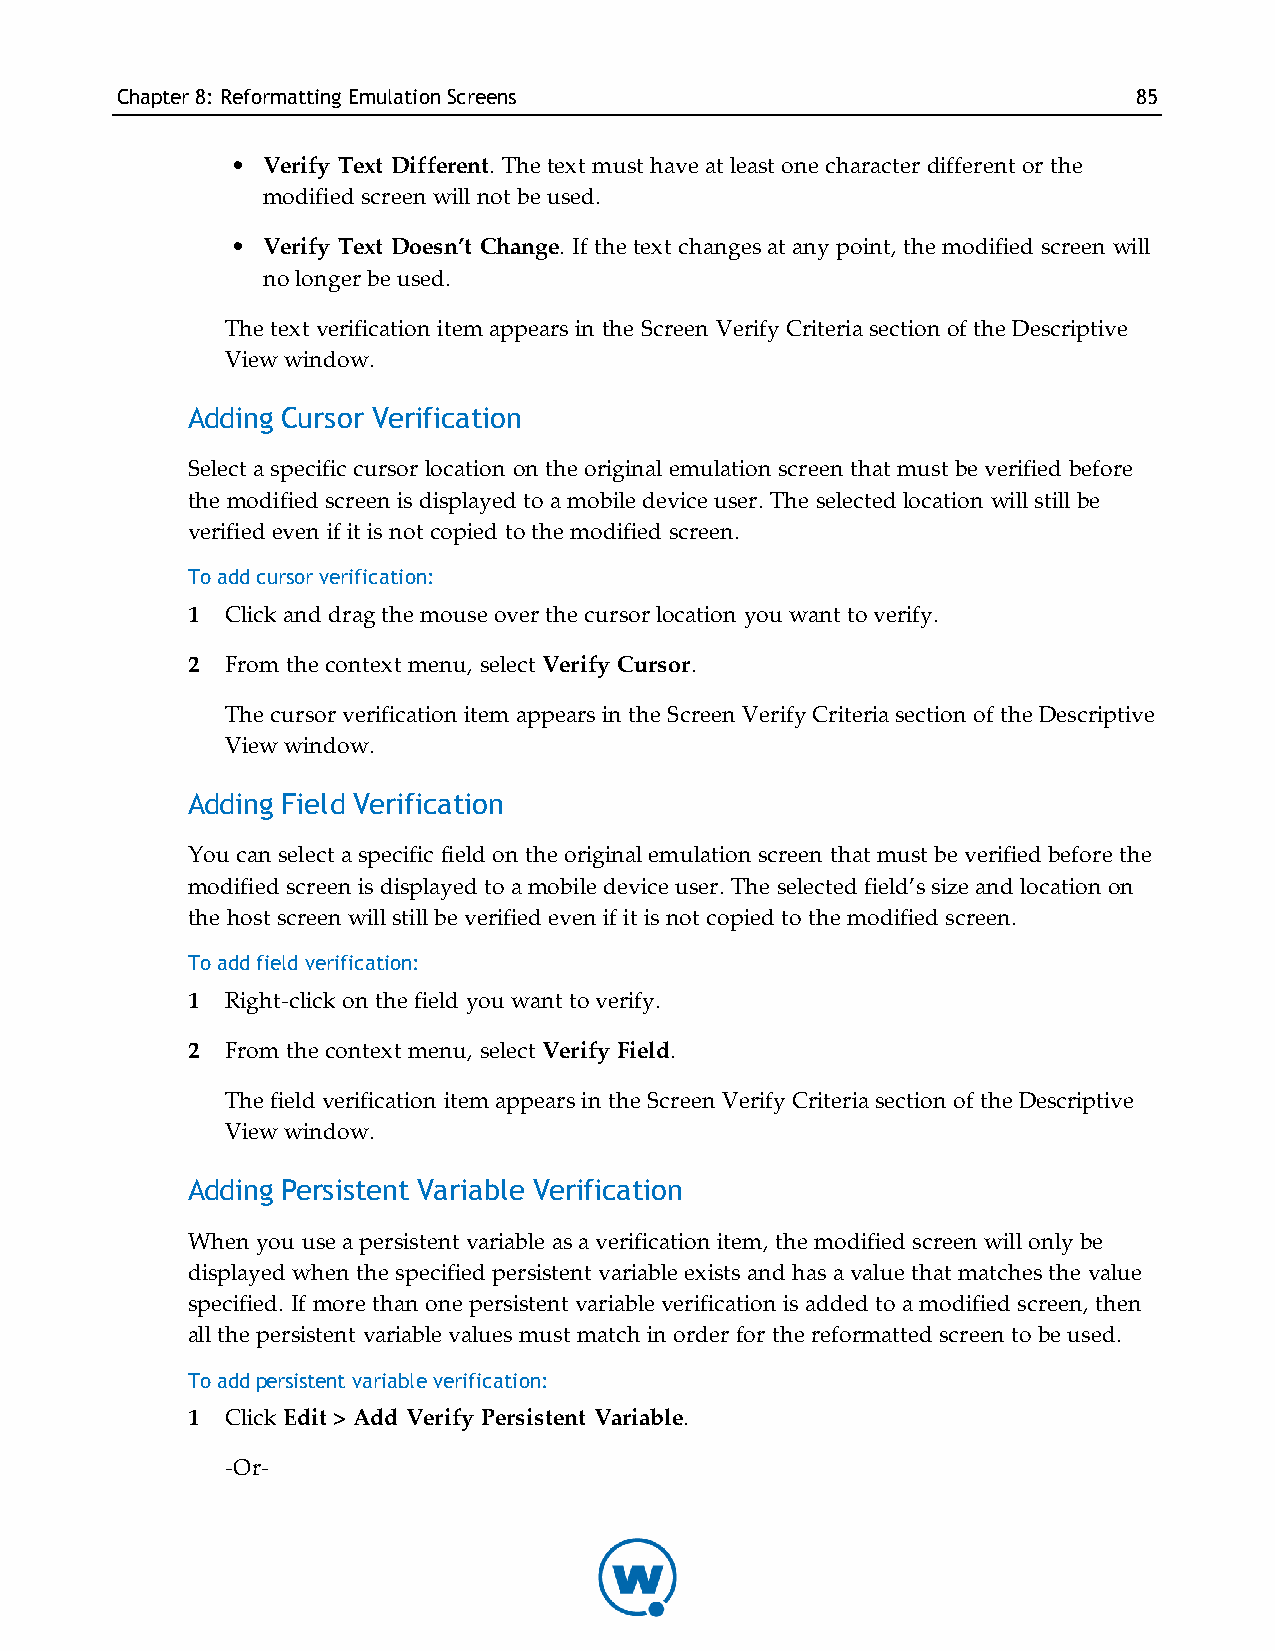
Chapter8: Reformatting EmulationScreens                            85
 • Verify Text Different. The text must have at least one character different or the
 modified screen will not be used.
 • Verify Text Doesn’t Change. If the text changes at any point, the modified screen will
 no longer be used.
 The text verification item appears in the Screen Verify Criteria section of the Descriptive
 View window.
 Adding Cursor Verification
 Select a specific cursor location on the original emulation screen that must be verified before
 the modified screen is displayed to a mobile device user. The selected location will still be
 verified even if it is not copied to the modified screen.
 To add cursor verification:
 1  Click and drag the mouse over the cursor location you want to verify.
 2  From the context menu, select Verify Cursor.
 The cursor verification item appears in the Screen Verify Criteria section of the Descriptive
 View window.
 Adding Field Verification
 You can select a specific field on the original emulation screen that must be verified before the
 modified screen is displayed to a mobile device user. The selected field’s size and location on
 the host screen will still be verified even if it is not copied to the modified screen.
 To add field verification:
 1  Right-click on the field you want to verify.
 2  From the context menu, select Verify Field.
 The field verification item appears in the Screen Verify Criteria section of the Descriptive
 View window.
 Adding Persistent Variable Verification
 When you use a persistent variable as a verification item, the modified screen will only be
 displayed when the specified persistent variable exists and has a value that matches the value
 specified. I f more than one persistent variable verification is added to a modified screen, then
 all the persistent variable values must match in order for the reformatted screen to be used.
 To add persistent variable verification:
 1  Click Edit > Add Verify Persistent Variable.
 -Or-